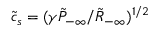
\tilde { c } _ { s } = ( \gamma \tilde { P } _ { - \infty } / \tilde { R } _ { - \infty } ) ^ { 1 / 2 }